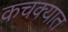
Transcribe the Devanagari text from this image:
कचक्यात